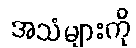
အသံများကို